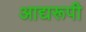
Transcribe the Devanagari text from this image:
आद्यरूपी